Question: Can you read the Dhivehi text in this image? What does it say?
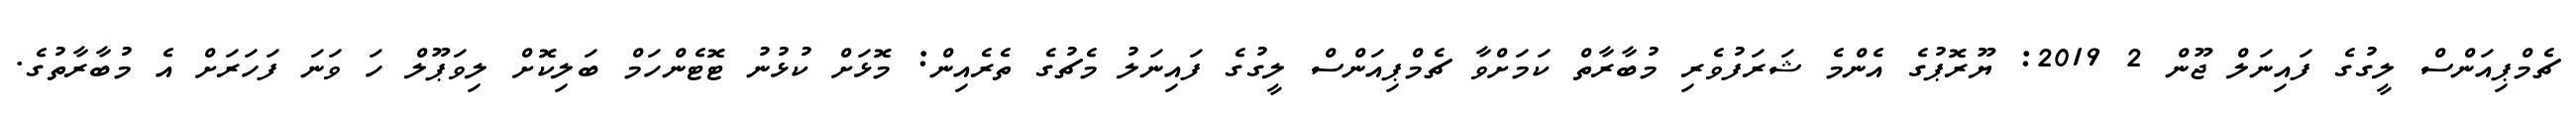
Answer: ޗެމްޕިއަންސް ލީގުގެ ފައިނަލް ޖޫން 2 2019: ޔޫރޮޕުގެ އެންމެ ޝަރަފުވެރި މުބާރާތް ކަމަށްވާ ޗެމްޕިއަންސް ލީގުގެ ފައިނަލު މެޗުގެ ތެރެއިން: މޮޅަށް ކުޅުނު ޓޮޓެންހަމް ބަލިކޮށް ލިވަޕޫލް ހަ ވަނަ ފަހަރަށް އެ މުބާރާތުގެ.